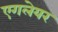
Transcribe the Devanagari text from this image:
एगलेयर